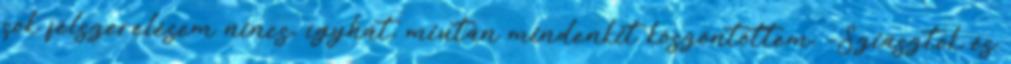
sok felszerelésem nincs, ígyhát, miután mindenkit köszöntöttem, -Sziasztok és